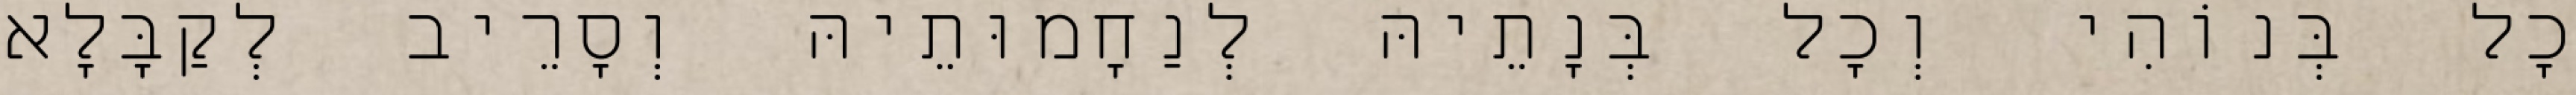
כָל בְּנוֹהִי וְכָל בְּנָתֵיהּ לְנַחָמוּתֵיהּ וְסָרֵיב לְקַבָּלָא